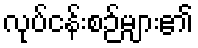
လုပ်ငန်းစဉ်များ၏